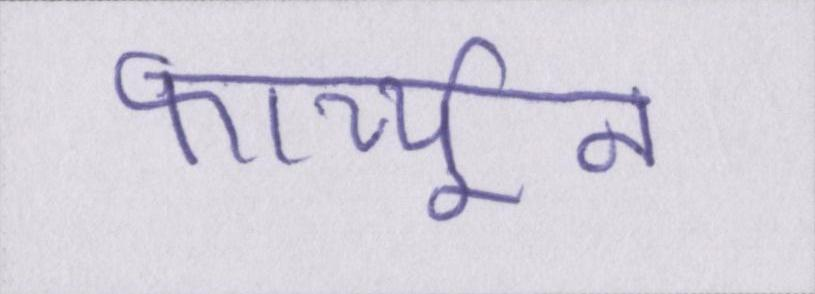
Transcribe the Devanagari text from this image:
फार्च्यून